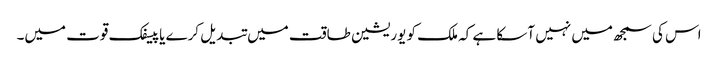
اس کی سمجھ میں نہیں آسکا ہے کہ ملک کو یوریشین طاقت میں تبدیل کرے یا پیسفک قوت میں۔